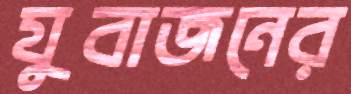
যুবাজনের